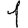
Digit: 1